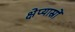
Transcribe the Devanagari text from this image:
क्षेप्यास्रों